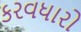
કરવધારો